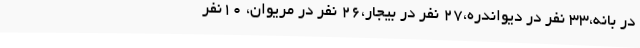
در بانه،33 نفر در دیواندره،27 نفر در بیجار،26 نفر در مریوان، 10نفر